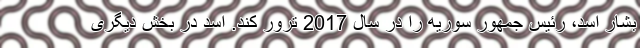
بشار اسد، رئیس جمهور سوریه را در سال 2017 ترور کند. اسد در بخش دیگری